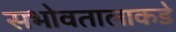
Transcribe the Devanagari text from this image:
सभोवतालाकडे